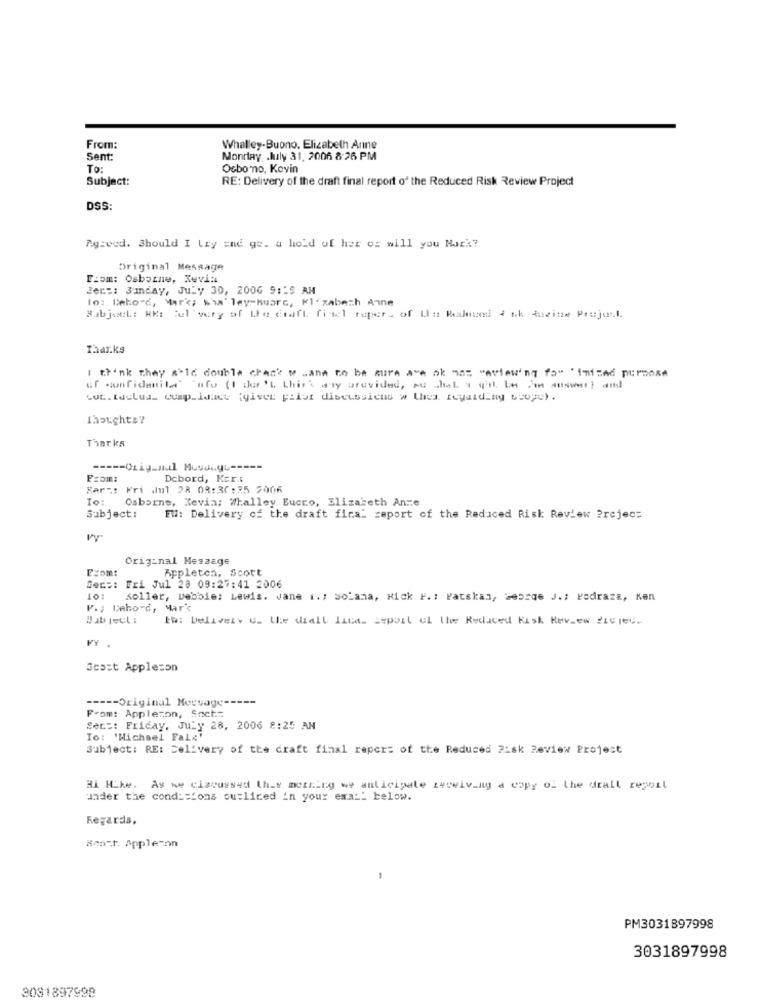
From:
Whalley-Buono. Elizabeth Anne
Sent:
Monday .July 31, 2006 8:26 PM
To:
Osbomno, Kevin
Subject:
RE: Delivery of the draft final report o' the Reduced Risk Review Project
DSS:
Agreed. Should I Lay end ge. a hold of her os will you Mark?
Original Message
Tiom: Osborne, Kevin
Jepp: Sunday, July 30, 2006 9:'S AN
lo: Beho"d, Mar'; wha' ley huarc, Ml- zabeth Anne
Subject: RE: Sul very of the draft final super. of La Realized 4 ak Rovine Project.
Thar.ks
I think they a'le double check w .ana to be sure ave ok nos "aview'ny fo" "imizhd purpose
uf confidenil" "afo (I due 'L Lhit's ary provided, su shel 1 q'il be Jte answer ) and
cut. taclus_ cump_idact (yivee prist discussicus » thea. regarding scope) .
Thoughts?
Tharks
From:
Debord, Ker.t
Kar -.:
Fri Jul 28 08:30:35 2006
To:
Osborne, Kevin; Whalley Eucro, Elizabeth Anze
Subject:
FW: Delivery of the draft fica: report of the Reduced Risk Review ?rejec:
Original Message
From:
Appleten. Scott
Secs: Fri Jul 28 09:27:41 2006
101
soller, Debbie: Lewis. Jane i .; Solana, Kick F .: Patskan, bearge J .; Pedraza, Ken
V .; Behovd, Mar's
Bab reul :
tw: Delivery G. Le diall Licas zepoit ol the Reduced Risk Review SiCle-
Scast Appleson
----- Original Message --
From: Applezon, Sact:
Set :: Friday, July 26, 2006 8:25 AN
To: 'Michael Fala'
Subject: RE: Delivery of the draft final report of the Reduced 2:sk Review Project
Hi Mike. As we ciscussed this morning we anticipate receiving a copy of the drall report
under the conditions ousliced in your email below.
Regards,
#nost Appleton
-
PM3031897998
3031897998
3081897998